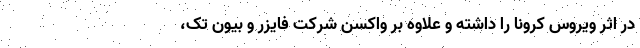
در اثر ویروس کرونا را داشته و علاوه بر واکسن شرکت فایزر و بیون تک،